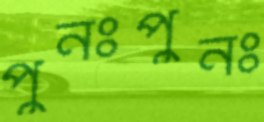
পুনঃপুনঃ